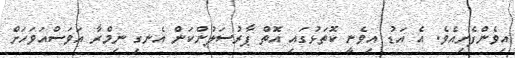
އިވެންފެށިއެވެ. އެ އަޑު އިވެނީ ކޮތަޅުގައި އޮތް ޕާރުސަލުންކަން އެނގި ނިމްރާ އަވަސްއަވަހަށް